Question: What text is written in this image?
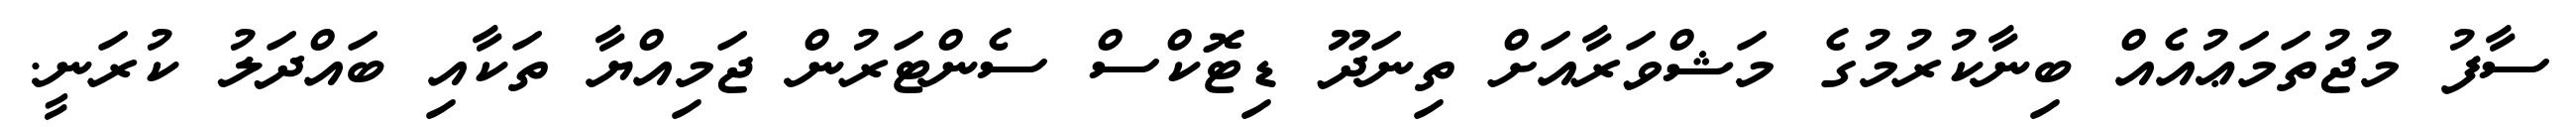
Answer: ސާފު މުޖުތަމަޢުއެއް ބިނާކުރުމުގެ މަޝްވަރާއަށް ތިނަދޫ ޑިޓޮކްސް ސެންޓަރުން ޖަމިއްޔާ ތަކާއި ބައްދަލު ކުރަނީ.